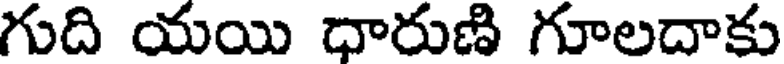
గుది యయి ధారుణి గూలదాకు